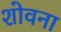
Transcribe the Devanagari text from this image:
शोवना